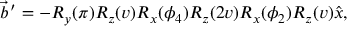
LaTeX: \vec { b } ^ { \, \prime } = - R _ { y } ( \pi ) R _ { z } ( v ) R _ { x } ( \phi _ { 4 } ) R _ { z } ( 2 v ) R _ { x } ( \phi _ { 2 } ) R _ { z } ( v ) \hat { x } ,